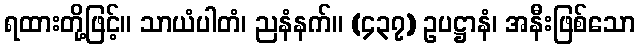
ရထားတို့ဖြင့်။ သာယံပါတံ၊ ညနံနက်။ (၄၃၇) ဥပဋ္ဌာနံ၊ အနီးဖြစ်သော